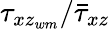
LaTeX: \tau_{xz_{wm}}/\bar{\tau}_{xz}